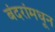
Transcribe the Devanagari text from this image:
बंदरांमधून